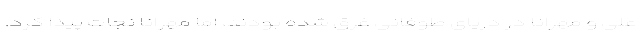
علی و مهرانا در دریای طوفانی غرق شده بودند، اما مهرانا نجات پیدا کرد.